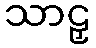
သာဠှ